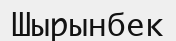
Шырынбек